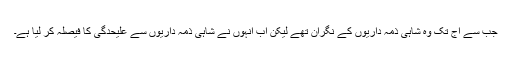
جب سے آج تک وہ شاہی ذمہ داریوں کے نگران تھے لیکن اب انہوں نے شاہی ذمہ داریوں سے علیحدگی کا فیصلہ کر لیا ہے۔